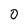
Character: 0